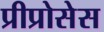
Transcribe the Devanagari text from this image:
प्रीप्रोसेस